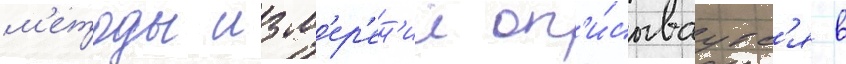
м'етоды изм'ер'ен'ии оп'и́сываутс'я в